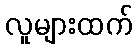
လူများထက်